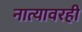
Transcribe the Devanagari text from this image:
नात्यावरही